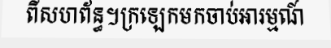
ពីសហព័ន្ធ។ក្រឡេកមកចាប់អារម្មណ៍